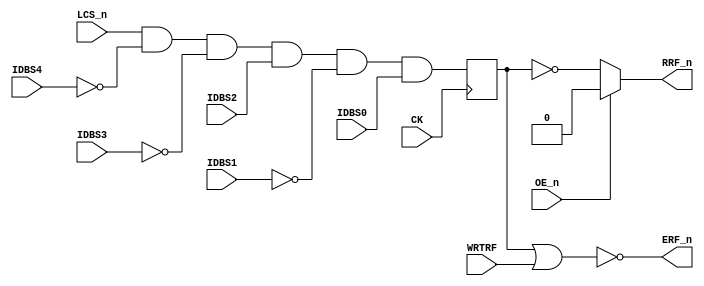
// PAL16R4
// JLB 25FEB87
// 44407A,19F ,ERFFIX

// PCB 3202D sheet 34:
//
// PAL input signal PD1 is connected to PAL OE_n (and PD1 to PD4 is ALWAYS 0/FALSE in the 3202 circuit board)
//     input signal CLK is connectec to PAL CK pin

module PAL_44407A(
    input CK,       // Clock signal
    input OE_n,     // OUTPUT ENABLE (active-low) for Q0-Q3

    input IDBS0,       // I0 - CSIDBS0
    input IDBS1,       // I1 - CSIDBS1
    input IDBS2,       // I2 - CSIDBS2 
    input IDBS3,       // I3 - CSIDBS3
    input IDBS4,       // I4 - CSIDBS4 
    input WRTRF,       // I5 - WRTRF
    input LCS_n,       // I6 - LCS_n
                       // I7 - (not connected)
                    
    output ERF_n,      // B0_n - ERF_n
                       // B1_n - (not connected)

    output RRF_n       // Q0_n - RRF_n
                       // Q2_n - (not connected)
                       // Q3_n - (not connected)
                       // Q4_n - (not connected)

);

// Inverted input signals
wire IDBS4_n = ~IDBS4;
wire IDBS3_n = ~IDBS3;
wire IDBS1_n = ~IDBS1;  

reg RRF_reg; // Register for RRF_n output

// Sequential logic triggered on the rising edge of CLK
always @(posedge CK) begin   

    // IDBS = REG FILE = 5

    // Logic for RRF
    RRF_reg <= LCS_n & IDBS4_n & IDBS3_n & IDBS2 & IDBS1_n & IDBS0;

end

// Tri-state control for outputs
// High-impedance state when OE_n is high (active-low)
assign RRF_n = OE_n ? 1'b0 : ~RRF_reg;


// Logic for ERF_n (active-low)
assign ERF_n = ~(RRF_reg | WRTRF);

endmodule



/*
DESCRIPTION

; 180587 M3202B

*/